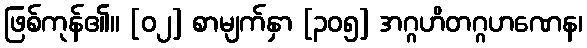
ဖြစ်ကုန်၏။ [၀၂] စာမျက်နှာ [၃၀၅] အဂ္ဂဟိတဂ္ဂဟဏေန၊